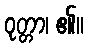
ဝုတ္တာ၊ ၏။